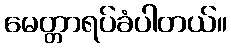
မေတ္တာရပ်ခံပါတယ်။